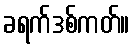
ခရက်ဒစ်ကတ်။